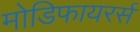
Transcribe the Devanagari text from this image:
मोडिफायरर्स